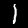
Label: 1